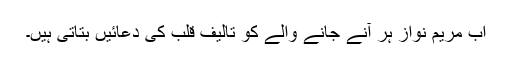
اب مریم نواز ہر آنے جانے والے کو تالیف قلب کی دعائیں بتاتی ہیں۔